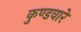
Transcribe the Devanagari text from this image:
कुण्डवारे